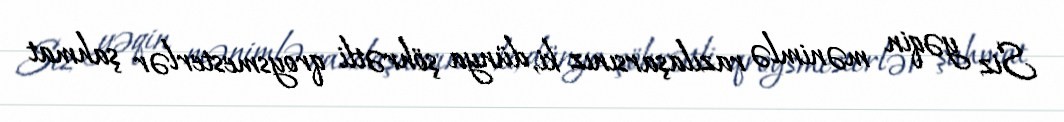
Siz yəqin mənimlə razılaşarsınız ki, dünya şöhrətli qroysmesterlər şahmat